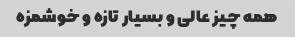
همه چیز عالی و بسیار تازه و خوشمزه